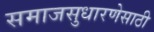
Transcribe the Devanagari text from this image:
समाजसुधारणेसाठी